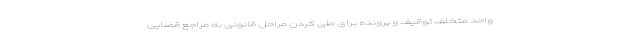
واحد متخلف توقیف و پرونده برای طی کردن مراحل قانونی به مراجع قضایی